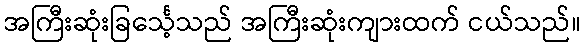
အကြီးဆုံးခြင်္သေ့သည် အကြီးဆုံးကျားထက် ငယ်သည်။